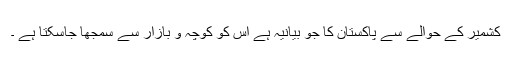
کشمیر کے حوالے سے پاکستان کا جو بیانیہ ہے اس کو کوچہ و بازار سے سمجھا جاسکتا ہے ۔